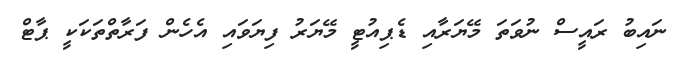
ނައިބު ރައީސް ނުވަތަ މޭޔަރާއި ޑެޕިއުޓީ މޭޔަރު ފިޔަވައި އެހެން ފަރާތްތަކަކީ ޕާޓް